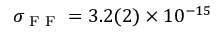
\sigma _ { \textrm { F F } } = 3 . 2 ( 2 ) \times 1 0 ^ { - 1 5 }